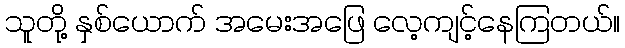
သူတို့ နှစ်ယောက် အမေးအဖြေ လေ့ကျင့်နေကြတယ်။